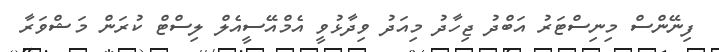
ފިނޭންސް މިނިސްޓަރު އަބްދު ޖިހާދު މިއަދު ވިދާޅުވީ އެމްއޭސީއެލް ލިސްޓް ކުރަން މަޝްވަރާ